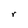
Character: r